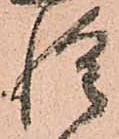
惶